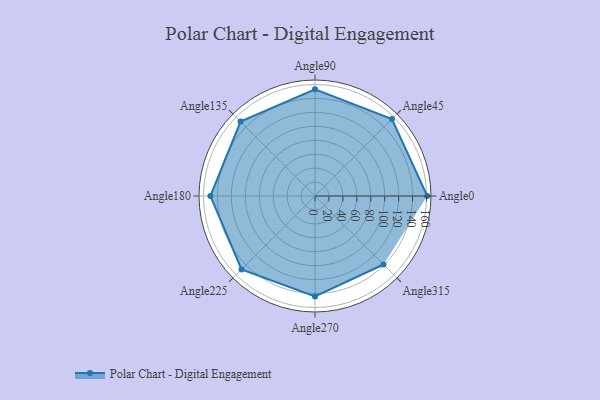
{"axis": {"x": "Angle", "y": "Radius"}, "legend": [""], "data": [{"x": "Angle0", "y": 161.0, "type": ""}, {"x": "Angle45", "y": 156.0, "type": ""}, {"x": "Angle90", "y": 153.0, "type": ""}, {"x": "Angle135", "y": 151.0, "type": ""}, {"x": "Angle180", "y": 150.0, "type": ""}, {"x": "Angle225", "y": 149.0, "type": ""}, {"x": "Angle270", "y": 144.0, "type": ""}, {"x": "Angle315", "y": 139.0, "type": ""}]}